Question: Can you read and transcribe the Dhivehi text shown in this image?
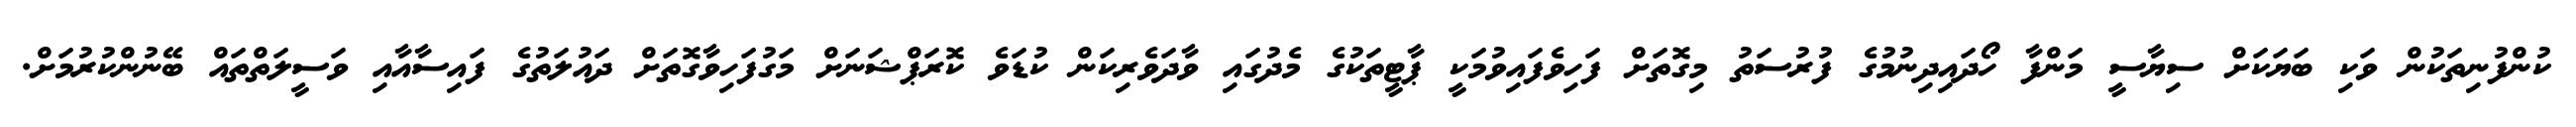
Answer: ކުންފުނިތަކުން ވަކި ބަޔަކަށް ސިޔާސީ މަންފާ ހޯދައިދިނުމުގެ ފުރުސަތު މިގޮތަށް ފަހިވެފައިވުމަކީ ޕާޓީތަކުގެ މެދުގައި ވާދަވެރިކަން ކުޑަވެ ކޮރަޕްޝަނަށް މަގުފަހިވާގޮތަށް ދައުލަތުގެ ފައިސާއާއި ވަސީލަތްތައް ބޭނުންކުރުމަށް.